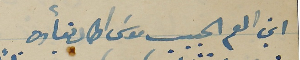
ابن العم الحبيب موسَى اطال بقأوه